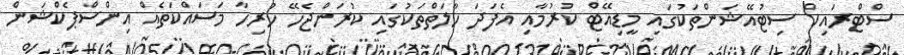
ސްޓްރައިކް ސިޓުއޭޝަންތަކުގައި މީޑިއޭޓް ކުރުމާއި އެފަދަ ހާލަތްތަކުގައި ކުރަންޖެހޭ ހުރިހާ މަސައްކަތެއް އިންސްޕެކްޝަން